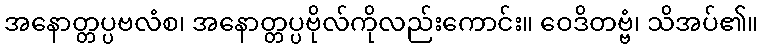
အနောတ္တပ္ပဗလံစ၊ အနောတ္တပ္ပဗိုလ်ကိုလည်းကောင်း။ ဝေဒိတဗ္ဗံ၊ သိအပ်၏။